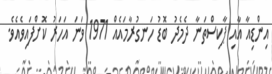
އިންޑިއާ އާއި ޕާކިސްތަނާ ދެމެދު ބޮޑު ހަނގުރާމައެއް 1971 ވަނަ އަހަރު ކޮށްފައިވެއެވެ.